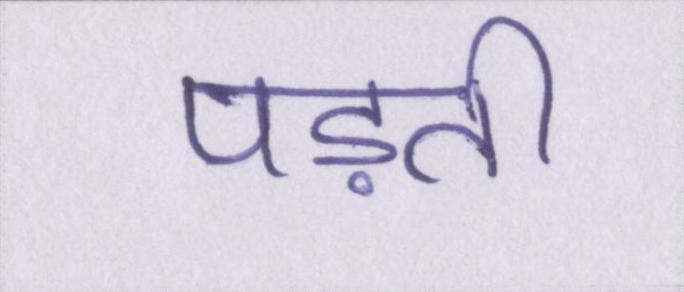
पड़ती